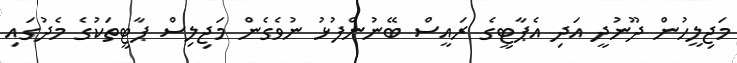
މަޖިލީހުން ދޫނުދީ އަދި އެޕާޓީގެ ރައީސް ބޭނުންފުޅު ނުވެގެން މަޖިލިސް ޕާޓީތަކުގެ މެދުގައި